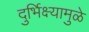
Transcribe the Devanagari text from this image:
दुर्भिक्ष्यामुळे